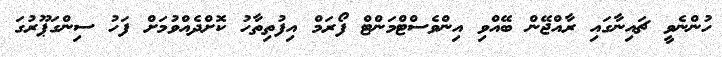
ހުންނެވީ ޗައިނާގައި ރާއްޖޭން ބޭއްވި އިންވެސްޓްމަންޓް ފޯރަމް އިފުތިތާހު ކޮށްދެއްވުމަށް ފަހު ސިންގަޕޫރުގަ